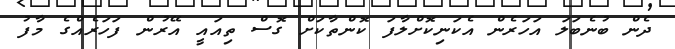
ދެން ބުނެބަލަ އަހަރެން އެކަނިކޮށްލާފަ ކޮންތާކަށް ގޮސް ތިއައީ އޭރުން ފަހަރެއްގެ މާފު